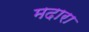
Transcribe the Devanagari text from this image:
मदारा